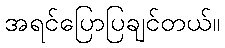
အရင်ပြောပြချင်တယ်။